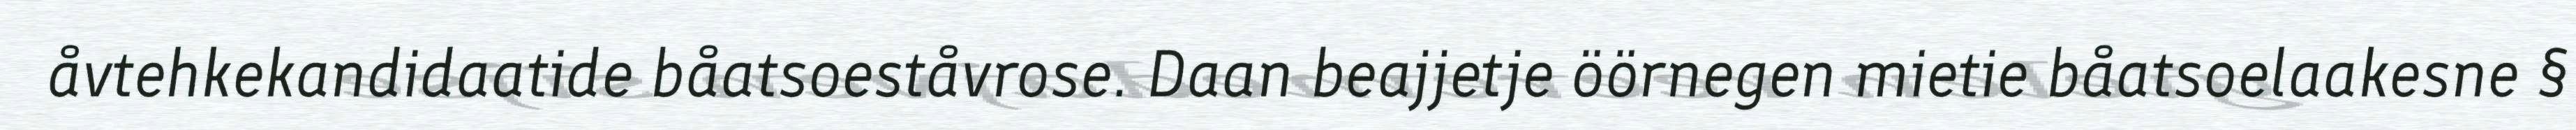
åvtehkekandidaatide båatsoeståvrose. Daan beajjetje öörnegen mietie båatsoelaakesne §